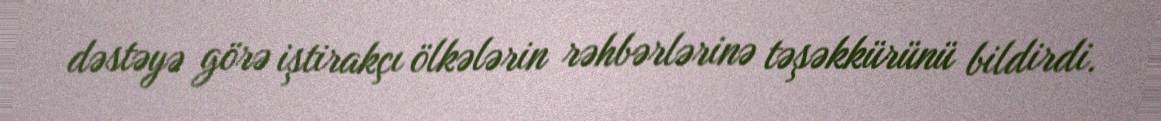
dəstəyə görə iştirakçı ölkələrin rəhbərlərinə təşəkkürünü bildirdi.